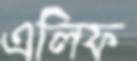
এলিফ